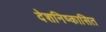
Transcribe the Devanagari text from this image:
देशनिष्कासित